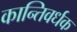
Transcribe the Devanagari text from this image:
कान्तिवर्धक